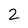
Character: 2